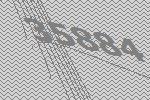
35884